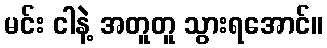
မင်း ငါနဲ့ အတူတူ သွားရအောင်။